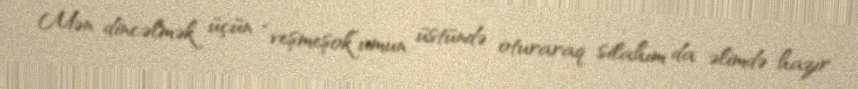
Mən dincəlmək üçün “veşmeşok”umun üstündə oturaraq silahım da əlimdə hazır